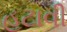
હટાવી